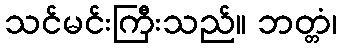
သင်မင်းကြီးသည်။ ဘတ္တံ၊